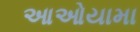
આઓયામા